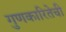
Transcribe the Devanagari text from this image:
गुणकारितेची